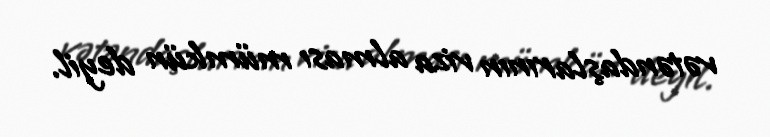
vətəndaşlarının viza alması mümkün deyil.